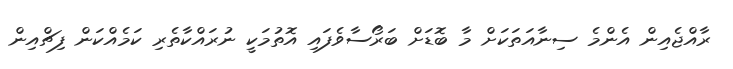
ރާއްޖެއިން އެންމެ ސިނާއަތަކަށް މާ ބޮޑަށް ބަރޯސާވެފައި އޮތުމަކީ ނުރައްކާތެރި ކަމެއްކަން ފިޗްއިން